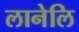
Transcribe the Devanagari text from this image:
लानेलि